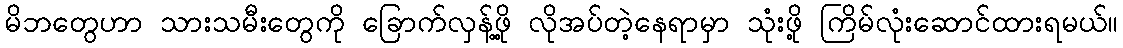
မိဘတွေဟာ သားသမီးတွေကို ခြောက်လှန့်ဖို့ လိုအပ်တဲ့နေရာမှာ သုံးဖို့ ကြိမ်လုံးဆောင်ထားရမယ်။